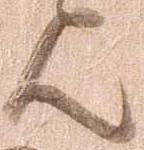
歟